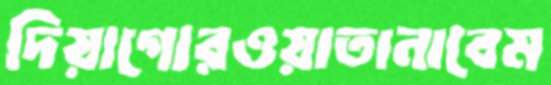
দিয়াগোরওয়াতানাবেম